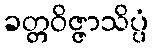
ခတ္တဝိဇ္ဇာသိပ္ပံ